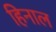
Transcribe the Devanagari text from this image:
हिनाल